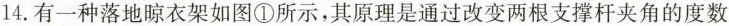
14.有一种落地晾衣架如图①所示，其原理是通过改变两根支撑杆夹角的度数